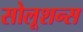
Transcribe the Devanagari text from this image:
सोलूशन्स